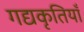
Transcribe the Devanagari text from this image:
गद्यकृतियाँ